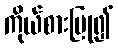
ကိုယ်စားပြု၍